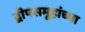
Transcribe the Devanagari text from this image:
द्वीपसमूहांच्या